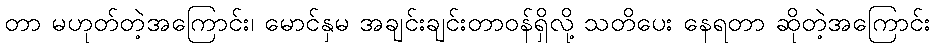
တာ မဟုတ်တဲ့အကြောင်း၊ မောင်နှမ အချင်းချင်းတာဝန်ရှိလို့ သတိပေး နေရတာ ဆိုတဲ့အကြောင်း